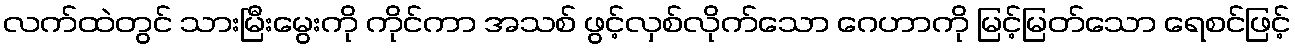
လက်ထဲတွင် သားမြီးမွေးကို ကိုင်ကာ အသစ် ဖွင့်လှစ်လိုက်သော ဂေဟာကို မြင့်မြတ်သော ရေစင်ဖြင့်